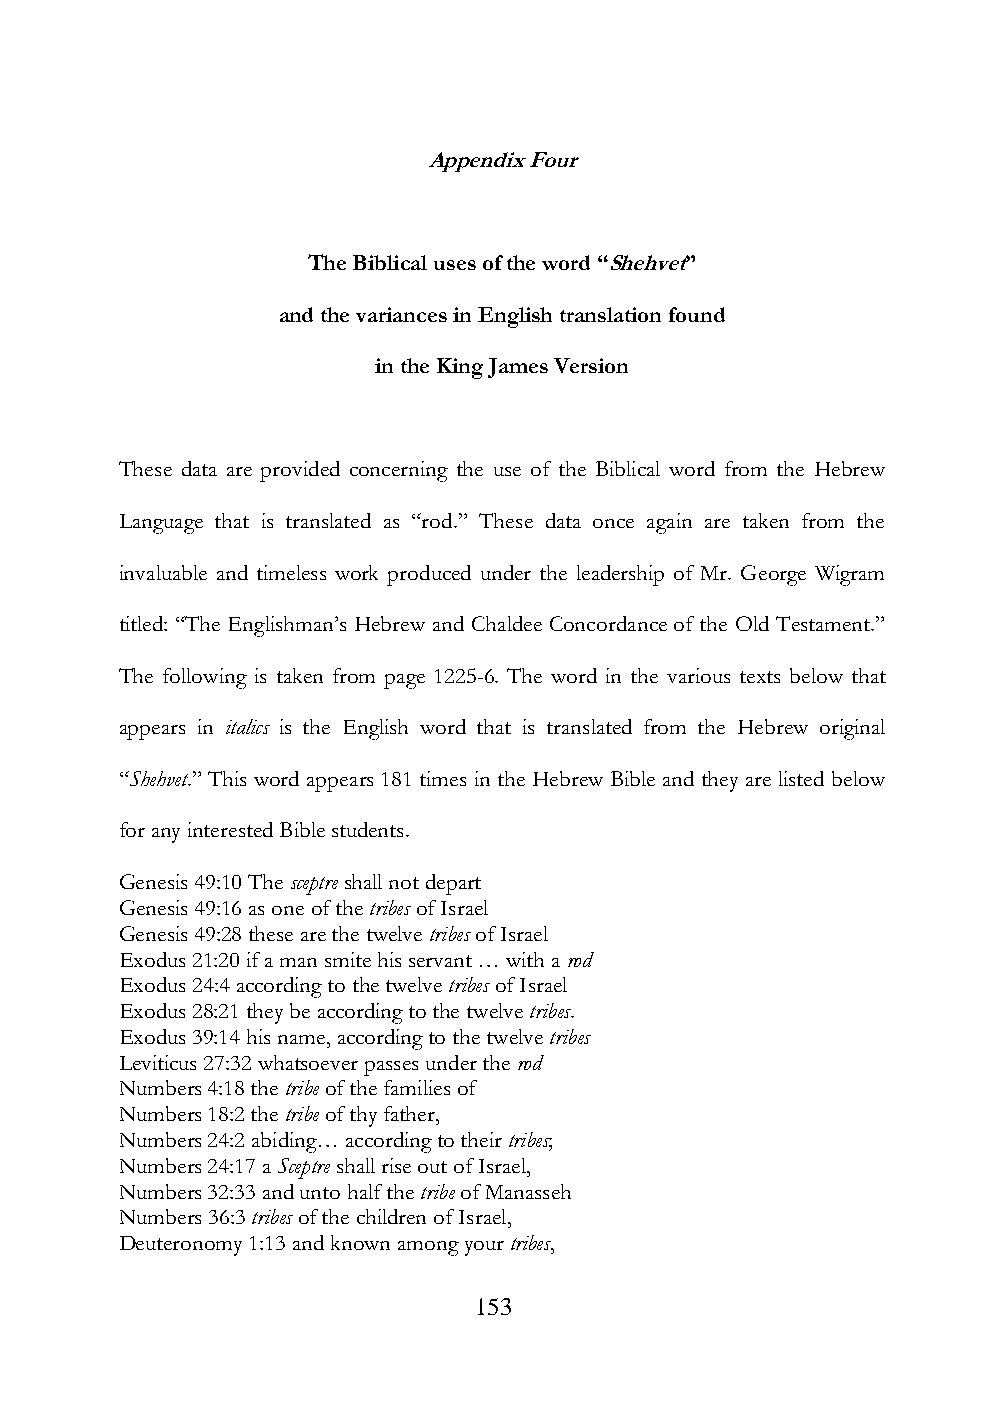
Appendix Four
 The Biblical uses of the word “Shehvet”
 and the variances in English translation found
 in the King James Version
 These data are provided concerning the use of the Biblical word from the Hebrew
 Language that is translated as “rod.” These data once again are taken from the
 invaluable and timeless work produced under the leadership of Mr. George Wigram
 titled: “The Englishman‟s Hebrew and Chaldee Concordance of the Old Testament.”
 The following is taken from page 1225-6. The word in the various texts below that
 appears in italics is the English word that is translated from the Hebrew original
 “Shehvet.” This word appears 181 times in the Hebrew Bible and they are listed below
 for any interested Bible students.
 Genesis 49:10 The sceptre shall not depart
 Genesis 49:16 as one of the tribes of Israel
 Genesis 49:28 these are the twelve tribes of Israel
 Exodus 21:20 if a man smite his servant … with a rod
 Exodus 24:4 according to the twelve tribes of Israel
 Exodus 28:21 they be according to the twelve tribes.
 Exodus 39:14 his name, according to the twelve tribes
 Leviticus 27:32 whatsoever passes under the rod
 Numbers 4:18 the tribe of the families of
 Numbers 18:2 the tribe of thy father,
 Numbers 24:2 abiding… according to their tribes;
 Numbers 24:17 a Sceptre shall rise out of Israel,
 Numbers 32:33 and unto half the tribe of Manasseh
 Numbers 36:3 tribes of the children of Israel,
 Deuteronomy 1:13 and known among your tribes,
 153